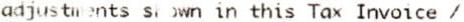
ADJUSTMENTS SHOWN IN THIS TAX INVOICE /